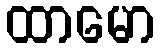
ထာမော